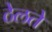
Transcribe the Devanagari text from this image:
ठेलते